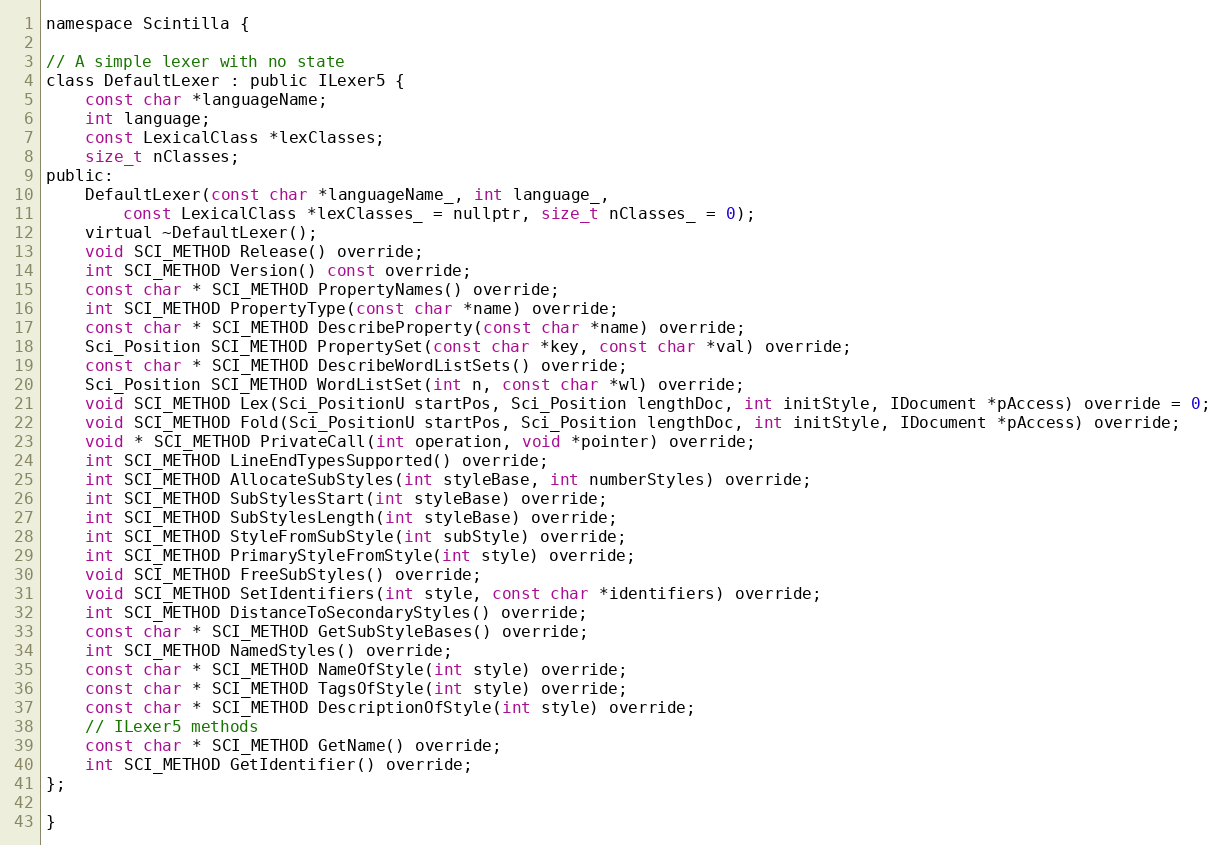
Language: C
namespace Scintilla {

// A simple lexer with no state
class DefaultLexer : public ILexer5 {
	const char *languageName;
	int language;
	const LexicalClass *lexClasses;
	size_t nClasses;
public:
	DefaultLexer(const char *languageName_, int language_,
		const LexicalClass *lexClasses_ = nullptr, size_t nClasses_ = 0);
	virtual ~DefaultLexer();
	void SCI_METHOD Release() override;
	int SCI_METHOD Version() const override;
	const char * SCI_METHOD PropertyNames() override;
	int SCI_METHOD PropertyType(const char *name) override;
	const char * SCI_METHOD DescribeProperty(const char *name) override;
	Sci_Position SCI_METHOD PropertySet(const char *key, const char *val) override;
	const char * SCI_METHOD DescribeWordListSets() override;
	Sci_Position SCI_METHOD WordListSet(int n, const char *wl) override;
	void SCI_METHOD Lex(Sci_PositionU startPos, Sci_Position lengthDoc, int initStyle, IDocument *pAccess) override = 0;
	void SCI_METHOD Fold(Sci_PositionU startPos, Sci_Position lengthDoc, int initStyle, IDocument *pAccess) override;
	void * SCI_METHOD PrivateCall(int operation, void *pointer) override;
	int SCI_METHOD LineEndTypesSupported() override;
	int SCI_METHOD AllocateSubStyles(int styleBase, int numberStyles) override;
	int SCI_METHOD SubStylesStart(int styleBase) override;
	int SCI_METHOD SubStylesLength(int styleBase) override;
	int SCI_METHOD StyleFromSubStyle(int subStyle) override;
	int SCI_METHOD PrimaryStyleFromStyle(int style) override;
	void SCI_METHOD FreeSubStyles() override;
	void SCI_METHOD SetIdentifiers(int style, const char *identifiers) override;
	int SCI_METHOD DistanceToSecondaryStyles() override;
	const char * SCI_METHOD GetSubStyleBases() override;
	int SCI_METHOD NamedStyles() override;
	const char * SCI_METHOD NameOfStyle(int style) override;
	const char * SCI_METHOD TagsOfStyle(int style) override;
	const char * SCI_METHOD DescriptionOfStyle(int style) override;
	// ILexer5 methods
	const char * SCI_METHOD GetName() override;
	int SCI_METHOD GetIdentifier() override;
};

}